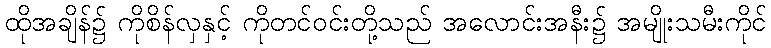
ထိုအချိန်၌ ကိုစိန်လှနှင့် ကိုတင်ဝင်းတို့သည် အလောင်းအနီး၌ အမျိုးသမီးကိုင်